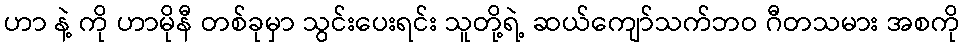
ဟာ နဲ့ ကို ဟာမိုနီ တစ်ခုမှာ သွင်းပေးရင်း သူတို့ရဲ့ ဆယ်ကျော်သက်ဘဝ ဂီတသမား အစကို